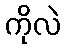
ကိုလဲ